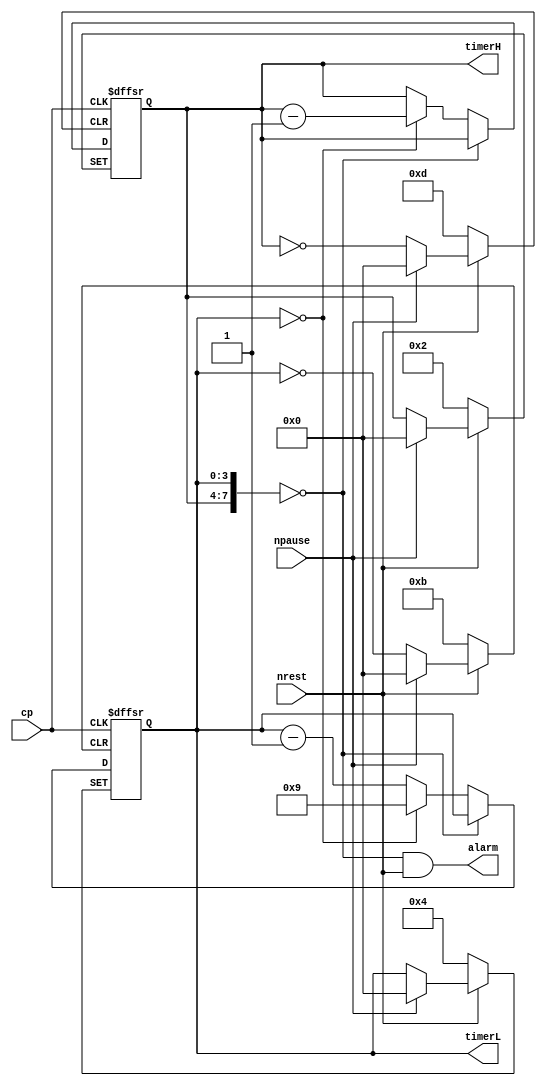
module basketball(timerH,timerL,alarm,nrest,npause,cp);
input nrest,npause,cp;
wire nrest,npause,cp;
output[3:0]timerH,timerL;
reg[3:0]  timerH,timerL;
output alarm;
assign alarm=({timerH,timerL}==8'h00)&(nrest==1'b1);
always@(posedge cp or negedge nrest or negedge npause)
  begin
    if(~nrest)
	       {timerH,timerL} <= 8'h24;
	 else if(~npause)
	       {timerH,timerL} <= {timerH,timerL};
	 else if({timerH,timerL}==8'H00)
	   begin {timerH,timerL} <= {timerH,timerL};
		end
	 else if(timerL==4'h0)
	   begin timerH <= timerH-1'b1;
		      timerL <= 4'h9;
		end
	 else
	   begin timerH <= timerH;
		      timerL <= timerL-1'b1;
		end
	end
endmodule